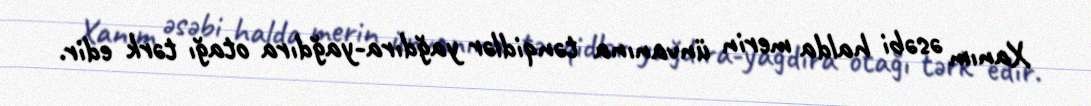
Xanım əsəbi halda merin ünvanına tənqidlər yağdıra-yağdıra otağı tərk edir.